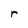
Character: r